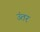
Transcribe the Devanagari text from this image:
उंतर